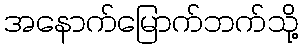
အနောက်မြောက်ဘက်သို့